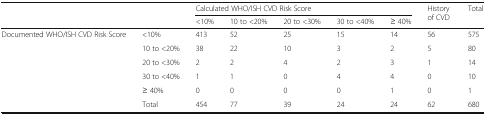
<table><thead><tr><td rowspan="2" colspan="2"></td><td colspan="5"><b>Calculated WHO/ISH CVD Risk Score</b></td><td rowspan="2"><b>History of CVD</b></td><td rowspan="2"><b>Total</b></td></tr><tr><td><b>&lt;10%</b></td><td><b>10 to &lt;20%</b></td><td><b>20 to &lt;30%</b></td><td><b>30 to &lt;40%</b></td><td><b>≥ 40%</b></td></tr></thead><tbody><tr><td rowspan="6">Documented WHO/ISH CVD Risk Score</td><td>&lt;10%</td><td>413</td><td>52</td><td>25</td><td>15</td><td>14</td><td>56</td><td>575</td></tr><tr><td>10 to &lt;20%</td><td>38</td><td>22</td><td>10</td><td>3</td><td>2</td><td>5</td><td>80</td></tr><tr><td>20 to &lt;30%</td><td>2</td><td>2</td><td>4</td><td>2</td><td>3</td><td>1</td><td>14</td></tr><tr><td>30 to &lt;40%</td><td>1</td><td>1</td><td>0</td><td>4</td><td>4</td><td>0</td><td>10</td></tr><tr><td>≥ 40%</td><td>0</td><td>0</td><td>0</td><td>0</td><td>1</td><td>0</td><td>1</td></tr><tr><td>Total</td><td>454</td><td>77</td><td>39</td><td>24</td><td>24</td><td>62</td><td>680</td></tr></tbody></table>